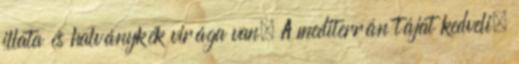
illata és halványkék virága van. A mediterrán tájat kedveli.